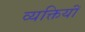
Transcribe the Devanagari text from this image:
व्यक्तियॉं